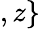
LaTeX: ,z\}